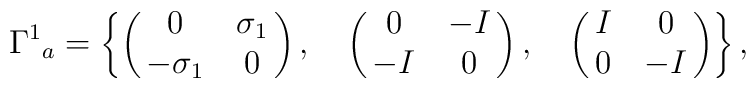
{\Gamma^1}_a=\left\{\pmatrix {0 & \sigma_1  \cr-\sigma_1  & 0 \cr}, \quad\pmatrix {0 & -I \cr-I & 0 \cr}, \quad\pmatrix {I & 0 \cr0 & -I \cr}\right\},